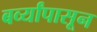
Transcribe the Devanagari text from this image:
बर्व्यांपासून